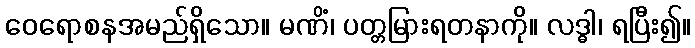
ဝေရောစနအမည်ရှိသော။ မဏိံ၊ ပတ္တမြားရတနာကို။ လဒ္ဓါ၊ ရပြီး၍။